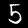
Label: 5